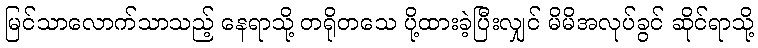
မြင်သာလောက်သာသည့် နေရာသို့ တရိုတသေ ပို့ထားခဲ့ပြီးလျှင် မိမိအလုပ်ခွင် ဆိုင်ရာသို့